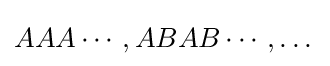
AAA\cdots ,ABAB\cdots ,\dots